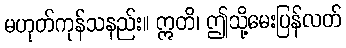
မဟုတ်ကုန်သနည်း။ ဣတိ၊ ဤသို့မေးပြန်လတ်